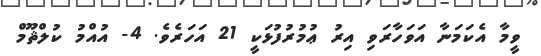
ވީމާ އެކަމަނާ އަވަހާރަވި އިރު ޢުމުރުފުޅަކީ 21 އަހަރެވެ. 4- އުއްމު ކުލްޘޫމް